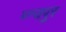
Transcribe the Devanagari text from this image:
थ्न्जपुर